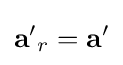
{\mathbf {a} '}_{r}={\mathbf {a} '}